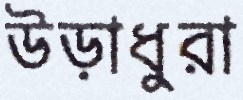
উড়াধুরা